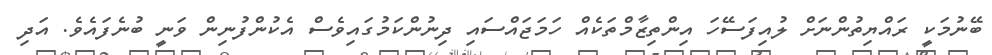
ބޭނުމަކީ ރައްޔިތުންނަށް ލުއިފަސޭހަ އިންތިޒާމްތަކެއް ހަމަޖައްސައި ދިނުންކަމުގައިވެސް އެކުންފުނިން ވަނީ ބުނެފައެވެ. އަދި